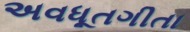
અવધૂતગીતા